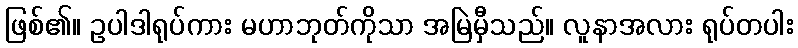
ဖြစ်၏။ ဥပါဒါရုပ်ကား မဟာဘုတ်ကိုသာ အမြဲမှီသည်။ လူနာအလား ရုပ်တပါး